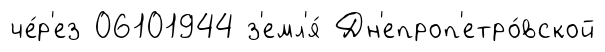
че́р'ез 06101944 з'емл'я́ Дн'епроп'етро́вской